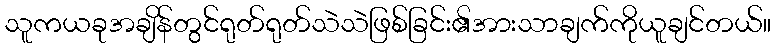
သူကယခုအချိန်တွင်ရုတ်ရုတ်သဲသဲဖြစ်ခြင်း၏အားသာချက်ကိုယူချင်တယ်။